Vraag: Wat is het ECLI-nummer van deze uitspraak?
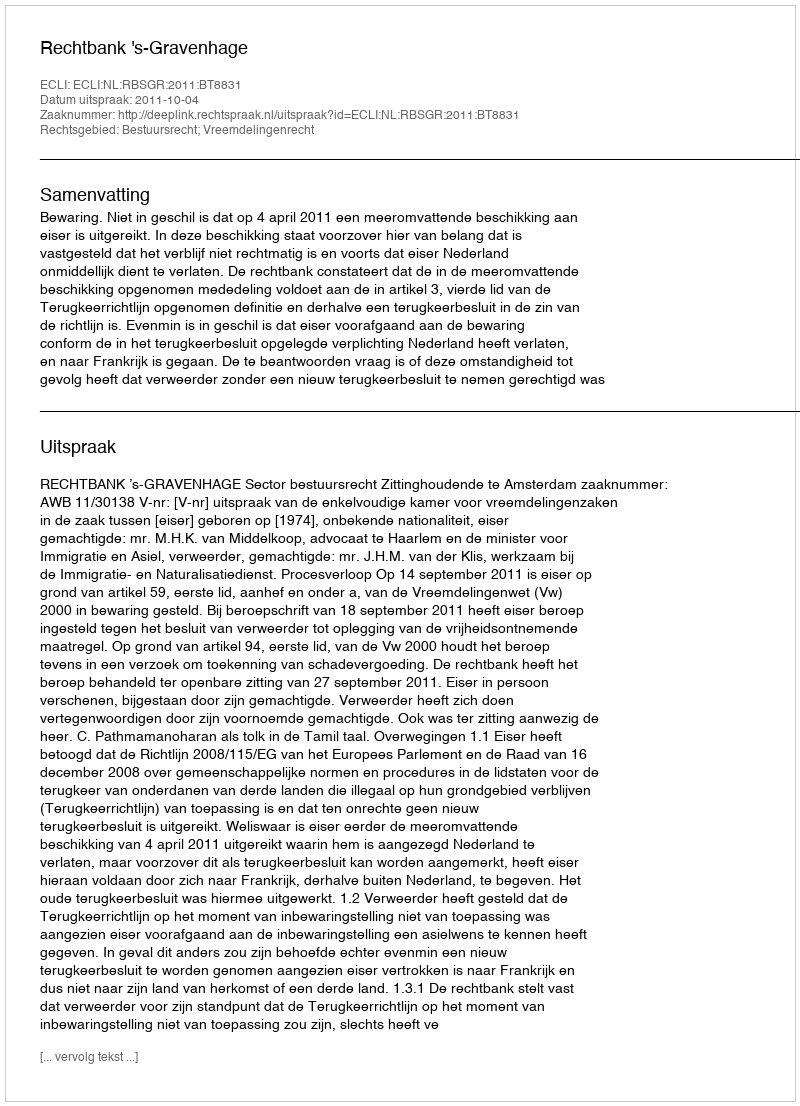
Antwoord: ECLI:NL:RBSGR:2011:BT8831